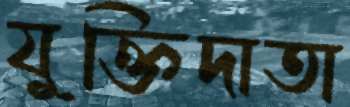
যুক্তিদাতা